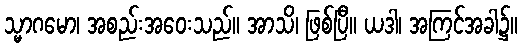
သ္မာဂမော၊ အစည်းအဝေးသည်။ အာသိ၊ ဖြစ်ပြီ။ ယဒါ၊ အကြင်အခါ၌။